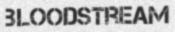
BLOODSTREAM